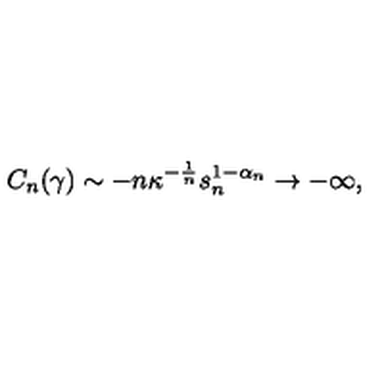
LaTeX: C _ { n } ( \gamma ) \sim - n \kappa ^ { - \frac { 1 } { n } } s _ { n } ^ { 1 - \alpha _ { n } } \rightarrow - \infty ,